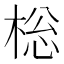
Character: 棇